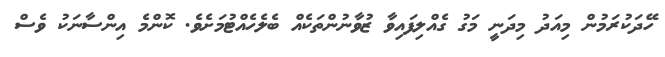
ހޭދަކުރަމުން މިއަދު މިދަނީ މަގު ގެއްލިފައިވާ ޒުވާނުންތަކެއް ބެލެހެއްޓުމަށެވެ. ކޮންމެ އިންސާނަކު ވެސް